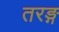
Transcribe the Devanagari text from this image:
तरङ्ग